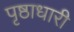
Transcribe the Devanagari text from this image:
पृष्ठाधारी